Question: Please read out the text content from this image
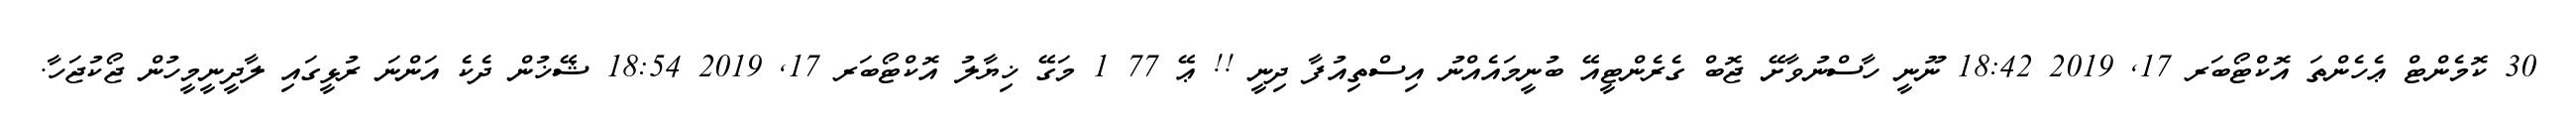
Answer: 30 ކޮމެންޓް ޢެހެންތަ އޮކްޓޯބަރ 17, 2019 18:42 ނޫނީ ހާސްނުވާށޭ ޖޮބް ގެރެންޓީއޭ ބުނީމައެއްނު އިސްތިއުފާ ދިނީ !! ޢޭ 77 1 މަގޭ ޚިޔާލު އޮކްޓޯބަރ 17, 2019 18:54 ޝޭޚުން ދެކެ އަންނަ ރުޅީގައި ލާދީނީމީހުން ޖޯކުޖަހާ.